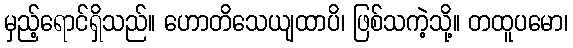
မှည့်ရောင်ရှိသည်။ ဟောတိသေယျထာပိ၊ ဖြစ်သကဲ့သို့။ တထူပမော၊